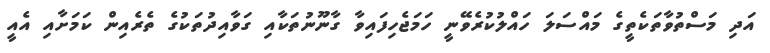
އަދި މަސްތުވާތަކެތީގެ މައްސަލަ ހައްލުކުރެވޭނީ ހަމަޖެހިފައިވާ ގާނޫނުތަކާއި ގަވާއިދުތަކުގެ ތެރެއިން ކަމަށާއި އެއީ